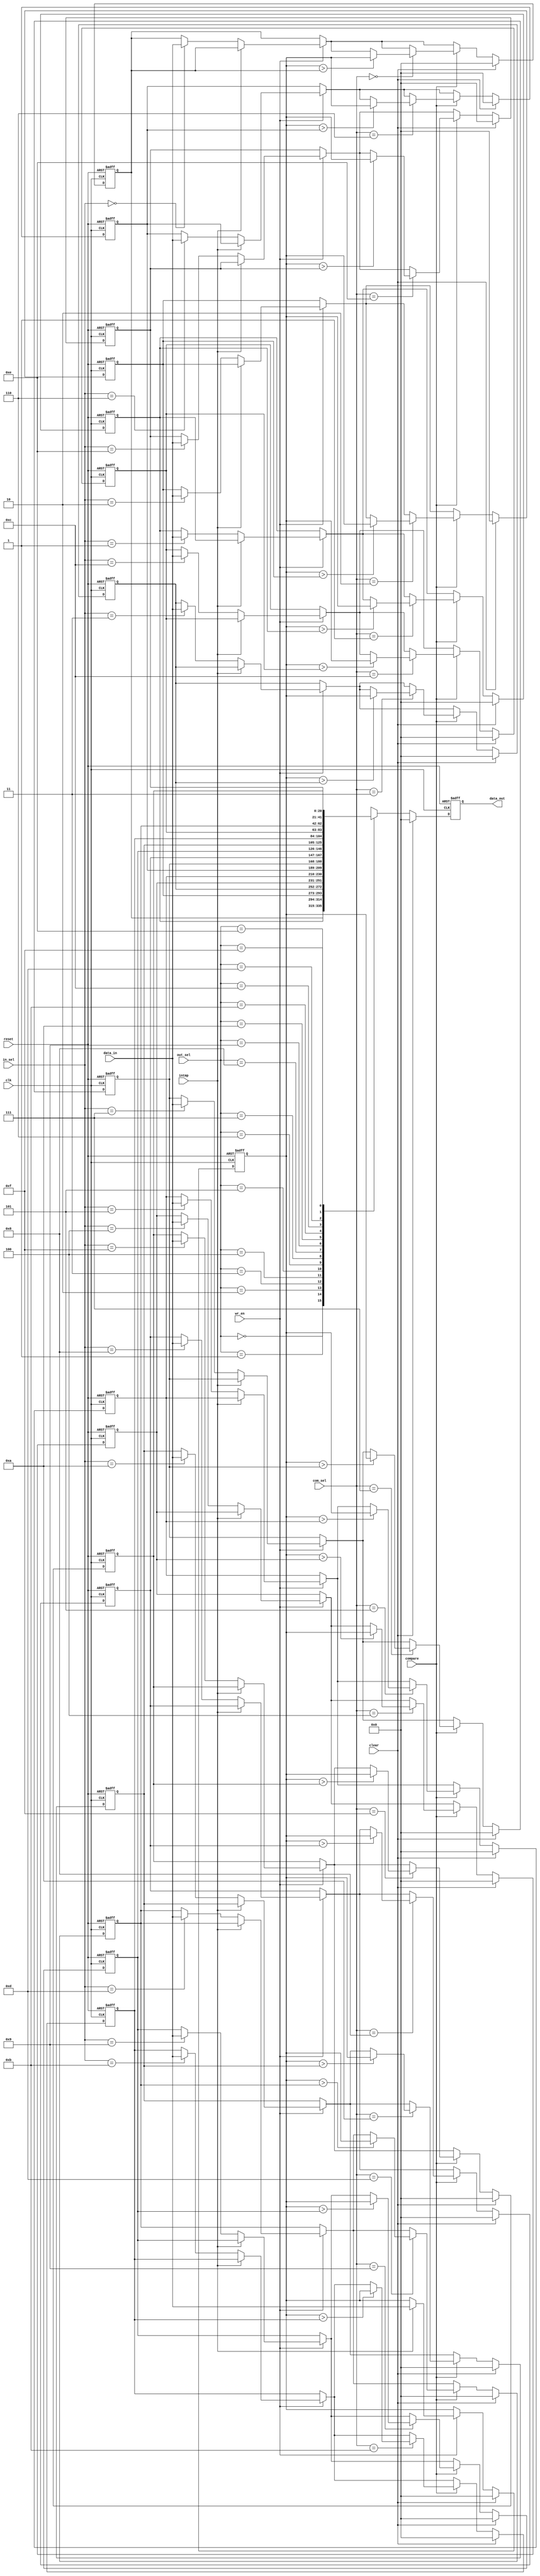
module regs(data_out,data_in,wr_en,in_sel,intmp,out_sel,
			compare,com_sel,clear,clk,reset);
			
output [20:0]data_out;

input [20:0]data_in;
input wr_en;
input [3:0]in_sel;
input intmp;
input [3:0]out_sel;
input compare;
input [3:0]com_sel;
input clear;
input clk,reset;

reg [20:0]data_reg1,data_reg2,data_reg3,data_reg4,data_reg5,data_reg6,data_reg7,data_reg8,data_reg9,
		data_reg10,data_reg11,data_reg12,data_reg13,data_reg14,data_reg15,data_reg16;
reg [20:0]data_reg_tmp;

/*-----data_reg{1-16} store the costwithout changing state,data_reg_tmp store the with changing state----*/

reg [20:0]data_out;

always@(posedge clk or negedge reset)
begin
	if(reset==0)
	begin
		data_reg1<=0;
		data_reg2<=0;
		data_reg3<=0;
		data_reg4<=0;
		data_reg5<=0;
		data_reg6<=0;
		data_reg7<=0;
		data_reg8<=0;
		data_reg9<=0;
		data_reg10<=0;
		data_reg11<=0;
		data_reg12<=0;
		data_reg13<=0;
		data_reg14<=0;
		data_reg15<=0;
		data_reg16<=0;
		
		data_reg_tmp<=0;
		data_out<=0;
	end
	else
	begin
		if(clear==1)
		begin
			data_reg1<=0;
			data_reg2<=0;
			data_reg3<=0;
			data_reg4<=0;
			data_reg5<=0;
			data_reg6<=0;
			data_reg7<=0;
			data_reg8<=0;
			data_reg9<=0;
			data_reg10<=0;
			data_reg11<=0;
			data_reg12<=0;
			data_reg13<=0;
			data_reg14<=0;
			data_reg15<=0;
			data_reg16<=0;
		
			data_reg_tmp<=0;
			data_out<=0;
		end
		else
		begin

/*-----assign different register to output----*/

			case(out_sel)
				0: data_out<=data_reg1;
				1: data_out<=data_reg2;
				2: data_out<=data_reg3;
				3: data_out<=data_reg4;
				4: data_out<=data_reg5;
				5: data_out<=data_reg6;
				6: data_out<=data_reg7;
				7: data_out<=data_reg8;
				8: data_out<=data_reg9;
				9: data_out<=data_reg10;
				10: data_out<=data_reg11;
				11: data_out<=data_reg12;
				12: data_out<=data_reg13;
				13: data_out<=data_reg14;
				14: data_out<=data_reg15;
				15: data_out<=data_reg16;
			endcase
			
/*-------storing the input when wr_en=1------*/

			if(wr_en==1)
			begin
				if(intmp==1)
				begin
					data_reg_tmp<=data_in;
				end
				else
				begin
					case(in_sel)
						0: data_reg1<=data_in;
						1: data_reg2<=data_in;
						2: data_reg3<=data_in;
						3: data_reg4<=data_in;
						4: data_reg5<=data_in;
						5: data_reg6<=data_in;
						6: data_reg7<=data_in;
						7: data_reg8<=data_in;
						8: data_reg9<=data_in;
						9: data_reg10<=data_in;
						10: data_reg11<=data_in;
						11: data_reg12<=data_in;
						12: data_reg13<=data_in;
						13: data_reg14<=data_in;
						14: data_reg15<=data_in;
						15: data_reg16<=data_in;
					endcase
				end
			end
			
/*----swap the registers when the data_reg_tmp>data_reg{1-8}---*/

			if(compare==1)
			begin
				case(com_sel)
					0:
					begin
						if(data_reg_tmp>data_reg1)
						begin
							data_reg1<=data_reg_tmp;
						end
					end
					1:
					begin
						if(data_reg_tmp>data_reg2)
						begin
							data_reg2<=data_reg_tmp;
						end
					end
					2:
					begin
						if(data_reg_tmp>data_reg3)
						begin
							data_reg3<=data_reg_tmp;
						end
					end
					3:
					begin
						if(data_reg_tmp>data_reg4)
						begin
							data_reg4<=data_reg_tmp;
						end
					end
					4:
					begin
						if(data_reg_tmp>data_reg5)
						begin
							data_reg5<=data_reg_tmp;
						end
					end
					5:
					begin
						if(data_reg_tmp>data_reg6)
						begin
							data_reg6<=data_reg_tmp;
						end
					end
					6:
					begin
						if(data_reg_tmp>data_reg7)
						begin
							data_reg7<=data_reg_tmp;
						end
					end
					7:
					begin
						if(data_reg_tmp>data_reg8)
						begin
							data_reg8<=data_reg_tmp;
						end
					end
					8:
					begin
						if(data_reg_tmp>data_reg9)
						begin
							data_reg9<=data_reg_tmp;
						end
					end
					9:
					begin
						if(data_reg_tmp>data_reg10)
						begin
							data_reg10<=data_reg_tmp;
						end
					end
					10:
					begin
						if(data_reg_tmp>data_reg11)
						begin
							data_reg11<=data_reg_tmp;
						end
					end
					11:
					begin
						if(data_reg_tmp>data_reg12)
						begin
							data_reg12<=data_reg_tmp;
						end
					end
					12:
					begin
						if(data_reg_tmp>data_reg13)
						begin
							data_reg13<=data_reg_tmp;
						end
					end
					13:
					begin
						if(data_reg_tmp>data_reg14)
						begin
							data_reg14<=data_reg_tmp;
						end
					end
					14:
					begin
						if(data_reg_tmp>data_reg15)
						begin
							data_reg15<=data_reg_tmp;
						end
					end
					15:
					begin
						if(data_reg_tmp>data_reg16)
						begin
							data_reg16<=data_reg_tmp;
						end
					end
				endcase
			end
		end
	end
end
endmodule